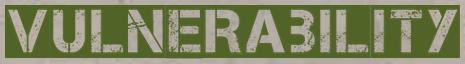
VULNERABILITY